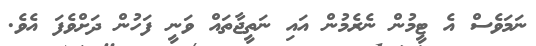
ނަމަވެސް އެ ޓީމުން ނެރެމުން އައި ނަތީޖާތައް ވަނީ ފަހުން ދަށްވެފަ އެވެ.